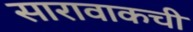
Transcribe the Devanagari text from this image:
सारावाकची